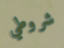
شروطي